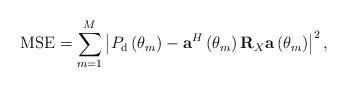
LaTeX: \begin{align*}\mathrm{MSE}= \sum_{m=1}^{M} \left |P_{\mathrm{d}}\left ( \theta_{m}\right ) - \mathbf{a}^{H}\left ( \theta_{m} \right )\mathbf{R}_{X} \mathbf{a}\left ( \theta_{m} \right ) \right |^{2},\end{align*}